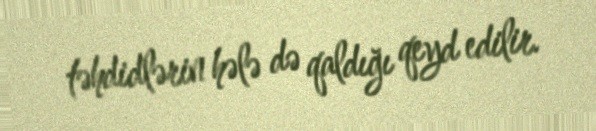
təhdidlərin hələ də qaldığı qeyd edilir.